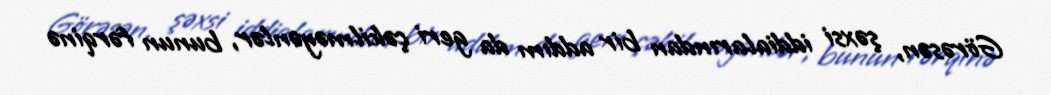
Görəsən, şəxsi iddialarından bir addım da geri çəkilməyənlər, bunun fərqinə